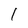
Character: 1